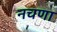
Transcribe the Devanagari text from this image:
नचणा